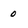
Character: 0